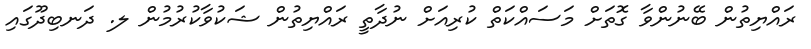
ރައްޔިތުން ބޭނުންވާ ގޮތަށް މަސައްކަތް ކުރިއަށް ނުދާތީ ރައްޔިތުން ޝަކުވާކުރުމުން ލ. ދަނބިދޫގައި